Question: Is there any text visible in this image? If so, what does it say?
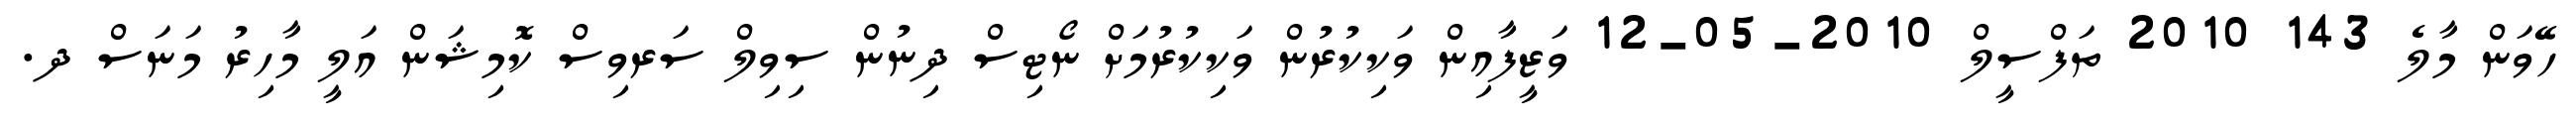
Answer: ހޭވަން މާލެ 143 2010 ތަފްސީލް 2010-05-12 ވަޒީފާއިން ވަކިކުރުން ވަކިކުރުމަށް ނޯޓިސް ދިނުން ސިވިލް ސަރވިސް ކޮމިޝަން އަލީ މާހިރު މަނަސް ދ.